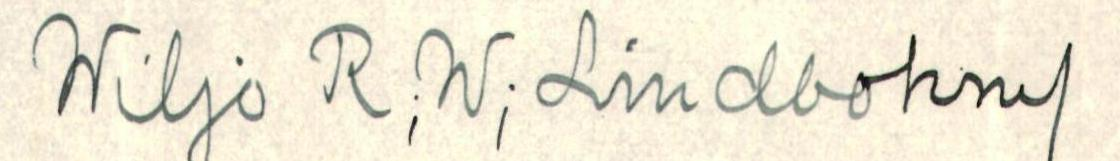
Wiljo R;W;Lindbohm